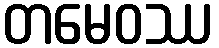
တမေဝဿ